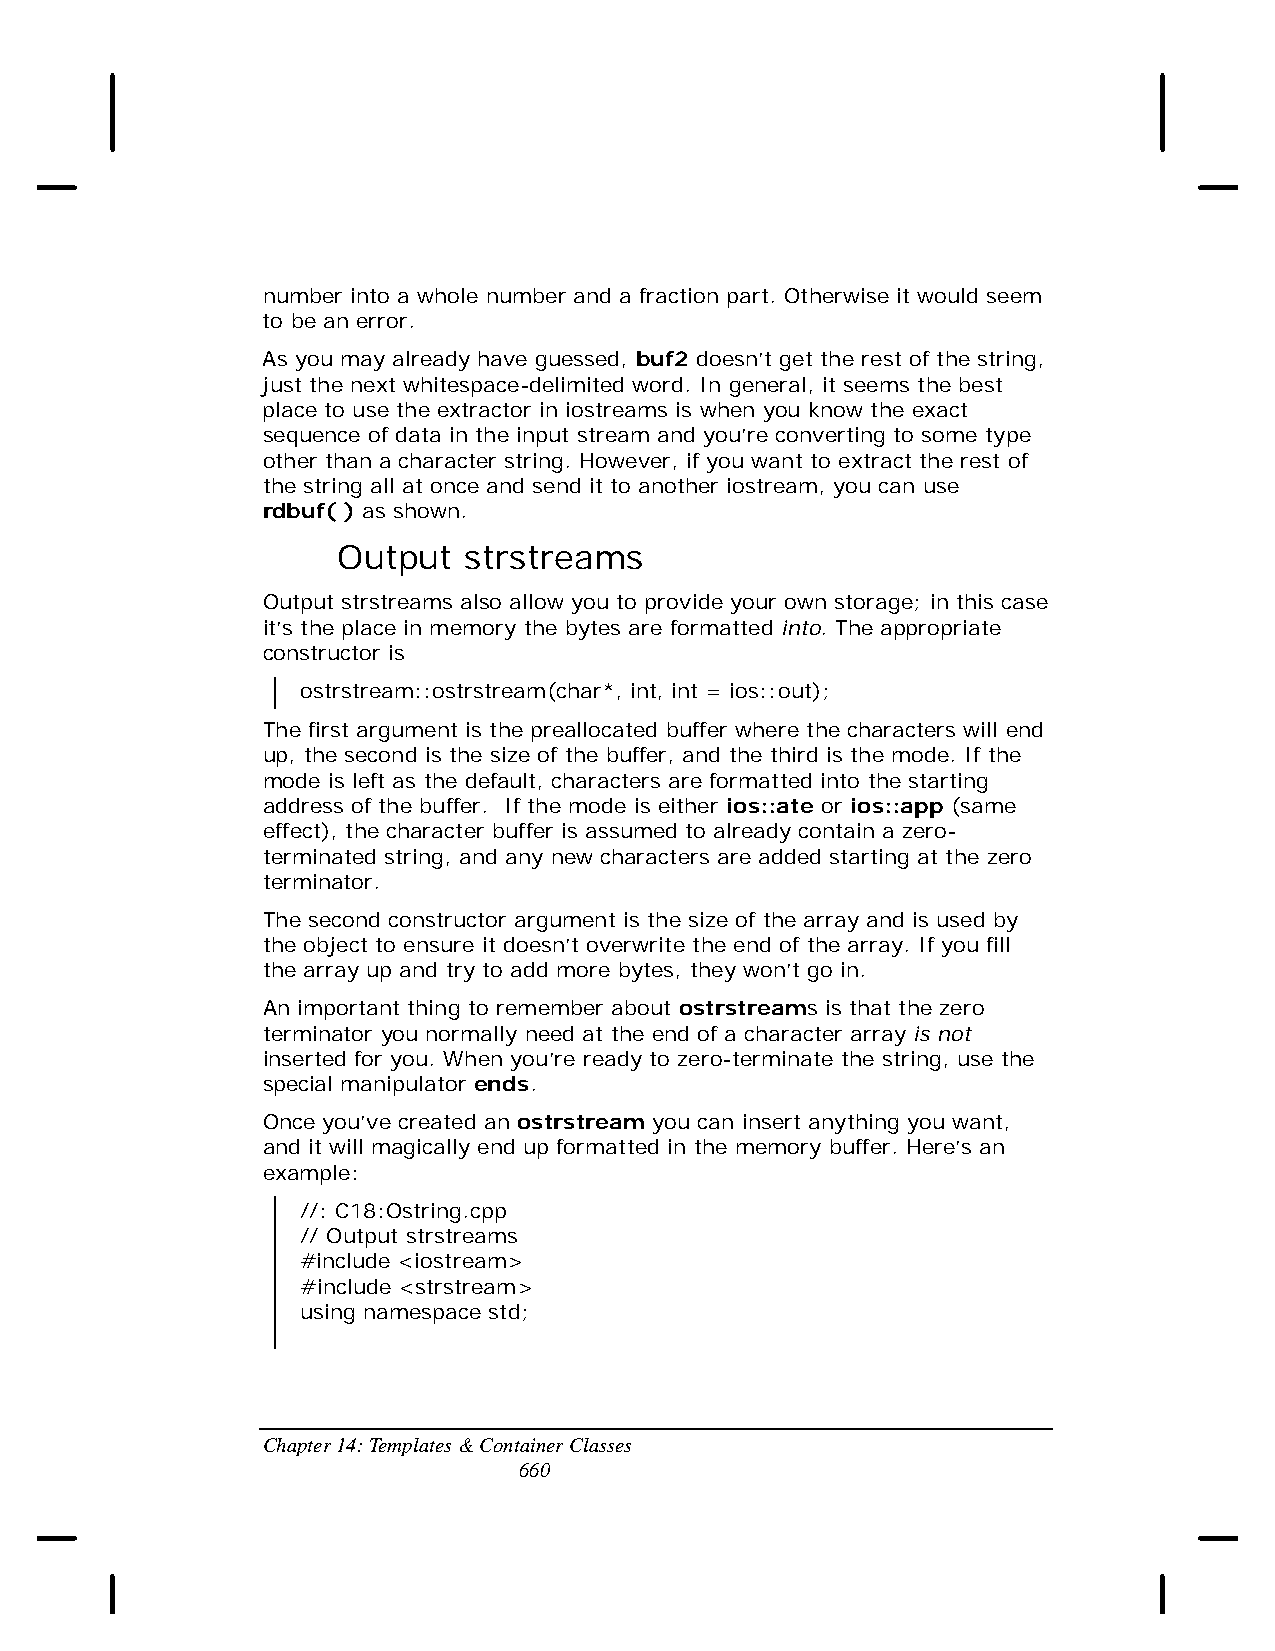
number into a whole number and a fraction part. Otherwise it would seem
 to be an error.
 As you may already have guessed, buf2 doesn’t get the rest of the string,
 just the next whitespace-delimited word. In general, it seems the best
 place to use the extractor in iostreams is when you know the exact
 sequence of data in the input stream and you’re converting to some type
 other than a character string. However, if you want to extract the rest of
 the string all at once and send it to another iostream, you can use
 rdbuf( ) as shown.
 Output   strstreams
 Output strstreams also allow you to provide your own storage; in this case
 it’s the place in memory the bytes are formatted into. The appropriate
 constructor is
 ostrstream::ostrstream(char*, int, int = ios::out);
 The first argument is the preallocated buffer where the characters will end
 up, the second is the size of the buffer, and the third is the mode. If the
 mode is left as the default, characters are formatted into the starting
 address of the buffer. If the mode is either ios::ate or ios::app (same
 effect), the character buffer is assumed to already contain a zero-
 terminated string, and any new characters are added starting at the zero
 terminator.
 The second constructor argument is the size of the array and is used by
 the object to ensure it doesn’t overwrite the end of the array. If you fill
 the array up and try to add more bytes, they won’t go in.
 An important thing to remember about ostrstreams is that the zero
 terminator you normally need at the end of a character array is not
 inserted for you. When you’re ready to zero-terminate the string, use the
 special manipulator ends.
 Once you’ve created an ostrstream you can insert anything you want,
 and it will magically end up formatted in the memory buffer. Here’s an
 example:
 //: C18:Ostring.cpp
 // Output strstreams
 #include <iostream>
 #include <strstream>
 using namespace std;
 Chapter 14: Templates & Container Classes
 660